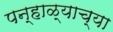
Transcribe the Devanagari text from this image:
पन्हाळ्याच्या